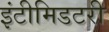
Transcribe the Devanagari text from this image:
इंटीमिडटरी